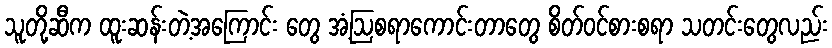
သူတို့ဆီက ထူးဆန်းတဲ့အကြောင်း တွေ အံ့ဩစရာကောင်းတာတွေ စိတ်ဝင်စားစရာ သတင်းတွေလည်း